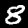
Label: 8